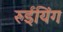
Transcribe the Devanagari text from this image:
रुईयिंग